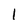
Character: l